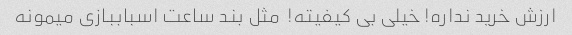
ارزش خرید نداره! خیلی بی کیفیته!  مثل بند ساعت اسباببازی میمونه